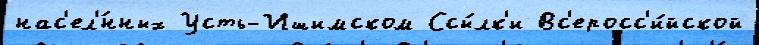
нас'ел'́нных Усть-Ишимском Ссы́лк'и Вс'еросс'и́йской